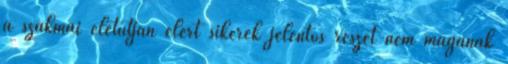
a szakmai életútján elért sikerek jelentôs részét nem magának